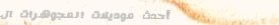
أحدث موديلات المجوهرات ال